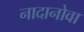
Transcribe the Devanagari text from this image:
नादानोवा